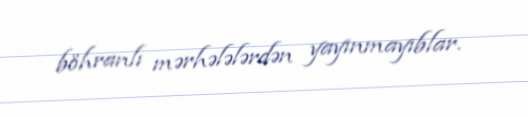
böhranlı mərhələlərdən yayınmayıblar.